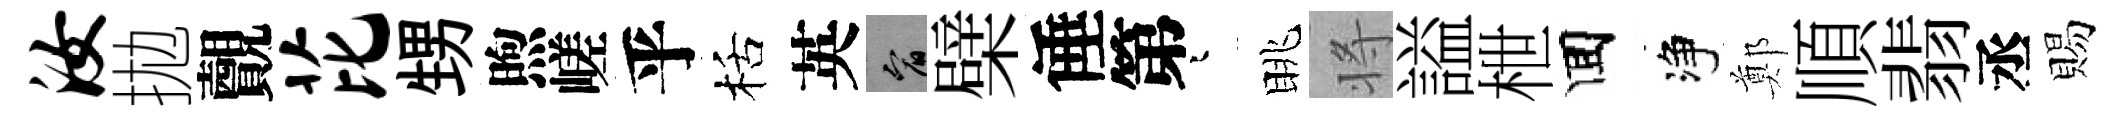
汝拋覿芘甥煦嵯乎栝英宥檗倕第迢眺将謚枻囬净鄭順翡丞賜